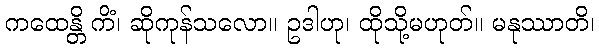
ကထေန္တိ ကိံ၊ ဆိုကုန်သလော။ ဥဒါဟု၊ ထိုသို့မဟုတ်။ မနုဿာတိ၊